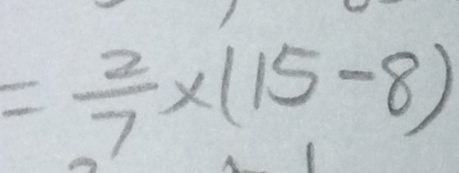
= \frac { 2 } { 7 } \times ( 1 5 - 8 )